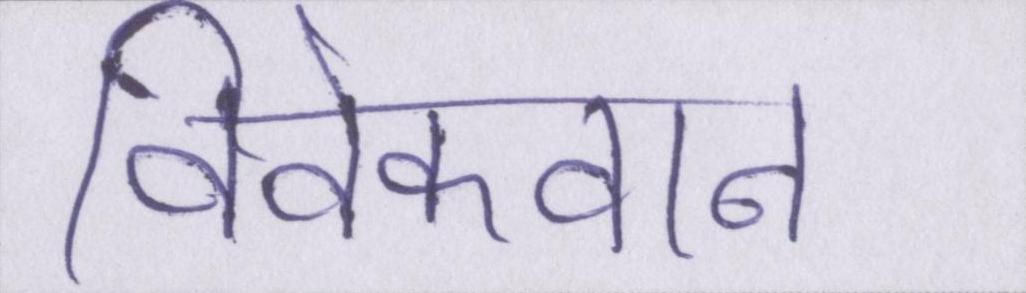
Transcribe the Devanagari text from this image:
विवेकवान